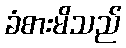
ခံစားမိသည်